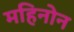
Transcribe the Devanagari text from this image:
महिनोन